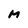
Character: M